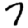
Digit: 7